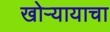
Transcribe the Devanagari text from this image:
खोऱ्यायाचा